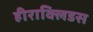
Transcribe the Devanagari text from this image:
हीराक्लिडस